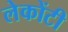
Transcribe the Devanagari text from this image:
लेकोंटी